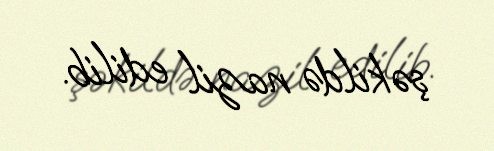
şəkildə nazil edilib.